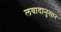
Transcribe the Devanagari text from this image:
लवादानुसार